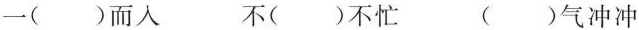
一()而人 不()不忙 ()气冲冲